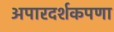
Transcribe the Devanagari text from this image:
अपारदर्शकपणा